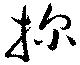
探